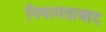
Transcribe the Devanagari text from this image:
नियामताबाद